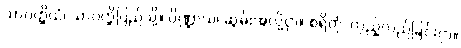
သာဝတ္ထိယံ၊ သာဝတ္ထိပြည်သို့။ ပိဏ္ဍာယ၊ ဆွမ်းအလို့ငှာ။ စရိတုံ၊ လှည့်လည်ခြင်းငှာ။